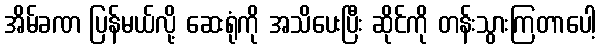
အိမ်ခဏ ပြန်မယ်လို့ ဆေးရုံကို အသိပေးပြီး ဆိုင်ကို တန်းသွားကြတာပေါ့